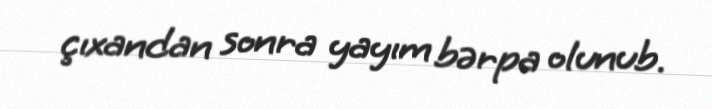
çıxandan sonra yayım bərpa olunub.